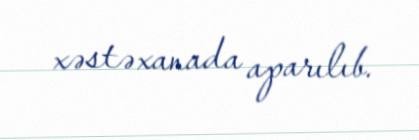
xəstəxanada aparılıb.